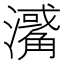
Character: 𤁭